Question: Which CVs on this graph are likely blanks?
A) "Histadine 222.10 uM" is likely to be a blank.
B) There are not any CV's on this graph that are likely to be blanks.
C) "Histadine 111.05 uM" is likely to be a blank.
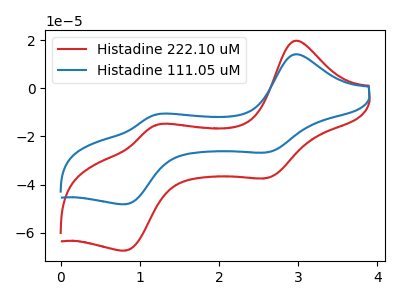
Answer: <think>The red curve "Histadine 222.10 uM" has anodic peaks at (2.95V, 19.60uA) (1.20V, -15.35uA) and cathodic peaks at (2.60V, -37.25uA) (0.80V, -67.35uA). The blue curve "Histadine 111.05 uM" has anodic peaks at (2.95V, 14.00uA) (1.20V, -11.00uA) and cathodic peaks at (2.60V, -26.60uA) (0.80V, -48.10uA).</think>
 <answer>B) There are not any CV's on this graph that are likely to be blanks.</answer>
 <eval>B</eval>